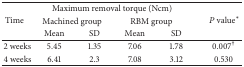
<table><thead><tr><td rowspan="3"><b> Time</b></td><td colspan="4"><b> Maximum removal torque (Ncm)</b></td><td rowspan="3"><b> <i>P</i> value<sup><i>∗</i></sup></b></td></tr><tr><td colspan="2"><b>Machined group</b></td><td colspan="2"><b>RBM group</b></td></tr><tr><td><b>Mean</b></td><td><b>SD</b></td><td><b>Mean</b></td><td><b>SD</b></td></tr></thead><tbody><tr><td>2 weeks</td><td>5.45</td><td>1.35</td><td>7.06</td><td>1.78</td><td>0.007<sup>†</sup></td></tr><tr><td>4 weeks</td><td>6.41</td><td>2.3</td><td>7.08</td><td>3.12</td><td>0.530 </td></tr></tbody></table>